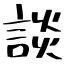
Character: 談